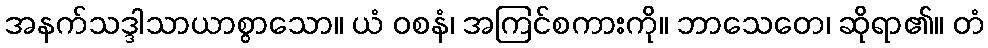
အနက်သဒ္ဒါသာယာစွာသော။ ယံ ဝစနံ၊ အကြင်စကားကို။ ဘာသေတေ၊ ဆိုရာ၏။ တံ